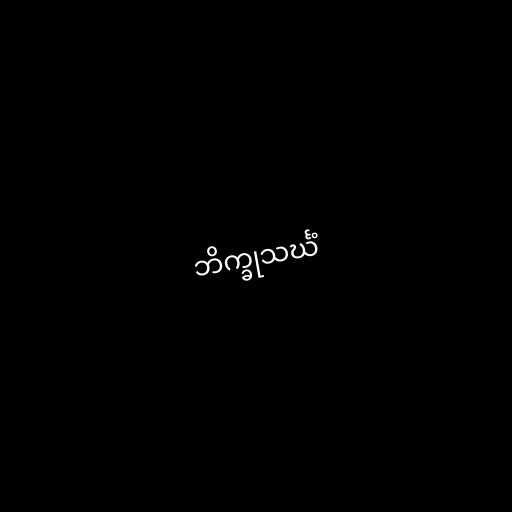
ဘိက္ခုသင်္ဃံ